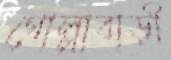
গোল্লাবাড়ী